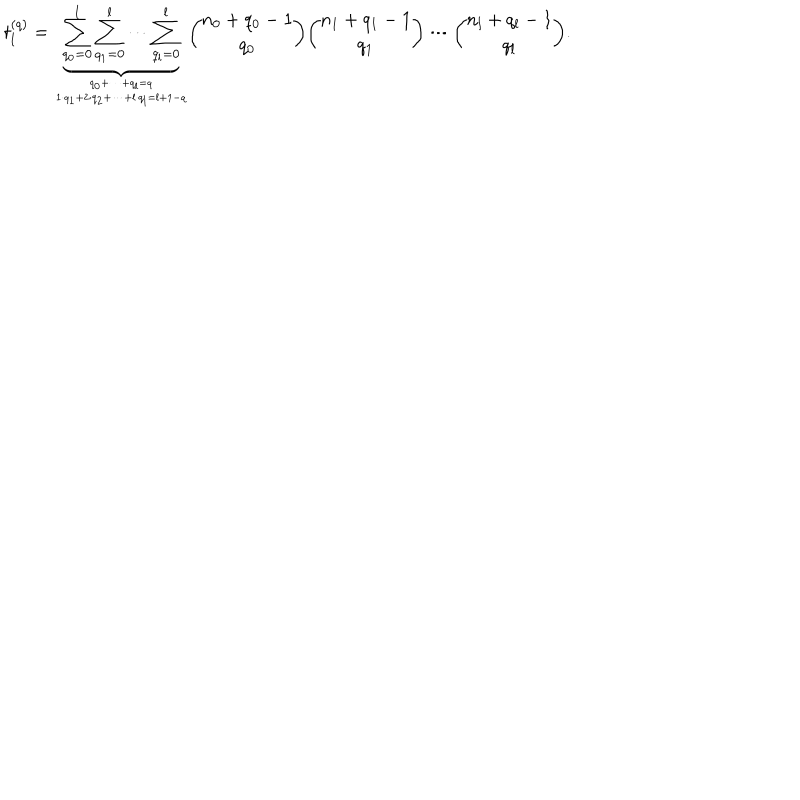
t _ { l } ^ { ( q ) } = \underbrace { \sum _ { q _ { 0 } = 0 } ^ { l } \sum _ { q _ { 1 } = 0 } ^ { l } \cdots \sum _ { q _ { l } = 0 } ^ { l } } _ { q _ { 0 } + \dots + q _ { l } = q \atop 1 \cdot q _ { 1 } + 2 \cdot q _ { 2 } + \dots + l \cdot q _ { l } = l + 1 - q } { \binom { n _ { 0 } + q _ { 0 } - 1 } { q _ { 0 } } } { \binom { n _ { 1 } + q _ { 1 } - 1 } { q _ { 1 } } } \cdots { \binom { n _ { l } + q _ { l } - 1 } { q _ { l } } } .